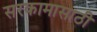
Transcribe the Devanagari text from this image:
सरकामासाठी